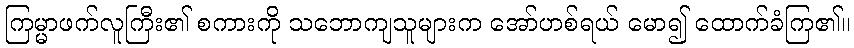
ကြမ္မာဖက်လူကြီး၏ စကားကို သဘောကျသူများက အော်ဟစ်ရယ် မော၍ ထောက်ခံကြ၏။